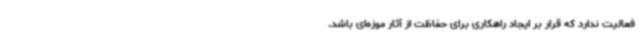
فعالیت ندارد که قرار بر ایجاد راهکاری برای حفاظت از آثار موزه‌ای باشد.